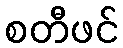
စတီဖင်